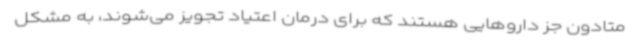
متادون جز داروهایی هستند که برای درمان اعتیاد تجویز می‌شوند، به مشکل